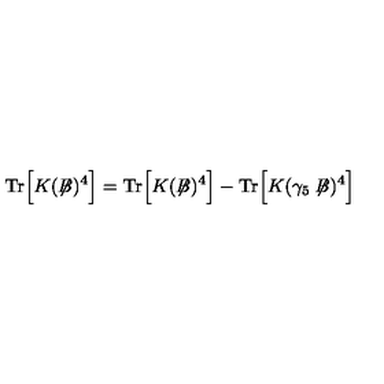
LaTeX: \mathrm { T r } \Big [ K ( \not { \! \! B } ) ^ { 4 } \Big ] = \mathrm { T r } \Big [ K ( \not { \! \! B } ) ^ { 4 } \Big ] - \mathrm { T r } \Big [ K ( \gamma _ { 5 } \not { \! \! B } ) ^ { 4 } \Big ]